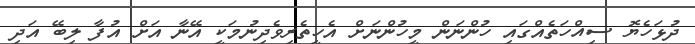
ދުޅަހެޔޮ ސިއްހަތެއްގައި ހުންނަން މީހުންނަށް އެހީތެރިވެދިނުމަކީ އޭނާ އަށް އުފާ ލިބޭ އަދި